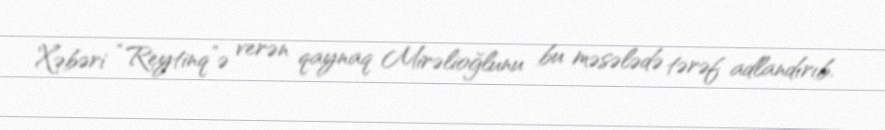
Xəbəri “Reytinq”ə verən qaynaq Mirəlioğlunu bu məsələdə tərəf adlandırıb.